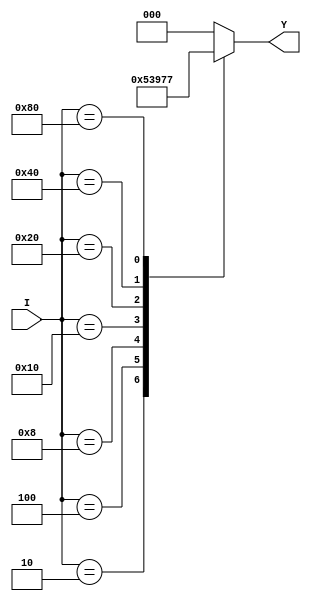
module octal_to_binary_encoder (
    input [7:0] I,     // 8 input lines for octal values
    output reg [2:0] Y // 3-bit binary output
);

// Always block to implement the combinational logic
always @(*) begin
    case (I)
        8'b00000001: Y = 3'b000; // I0
        8'b00000010: Y = 3'b001; // I1
        8'b00000100: Y = 3'b010; // I2
        8'b00001000: Y = 3'b011; // I3
        8'b00010000: Y = 3'b100; // I4
        8'b00100000: Y = 3'b101; // I5
        8'b01000000: Y = 3'b110; // I6
        8'b10000000: Y = 3'b111; // I7
        default:      Y = 3'b000; // In case of no active inputs, default output
    endcase
end

endmodule